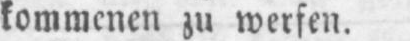
kommenen zu werfen.